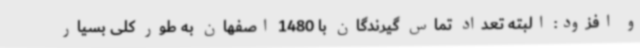
و افزود: البته تعداد تماس گیرندگان با 1480 اصفهان به طور کلی بسیار